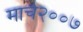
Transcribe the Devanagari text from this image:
मार्च२००७